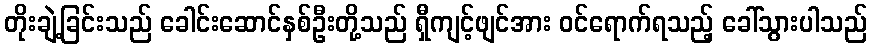
တိုးချဲ့ခြင်းသည် ခေါင်းဆောင်နှစ်ဦးတို့သည် ရှီကျင့်ဖျင်အား ဝင်ရောက်ရသည့် ခေါ်သွားပါသည်